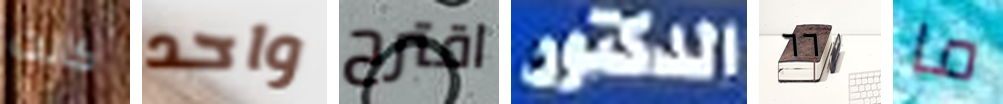
كانت واحد اقترح الدكتور ٦٦ ما